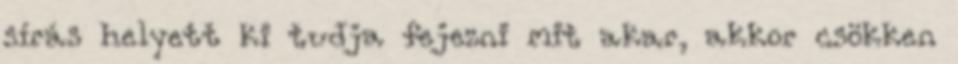
sírás helyett ki tudja fejezni mit akar, akkor csökken